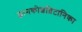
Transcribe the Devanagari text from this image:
ज्ञानकोशब्रिटानिका